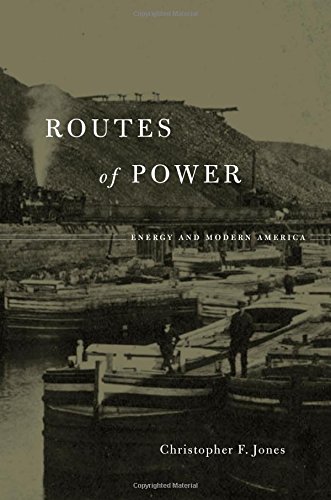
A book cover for Routes of Power: Energy and Modern America; Christopher F. Jones; Business & Money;